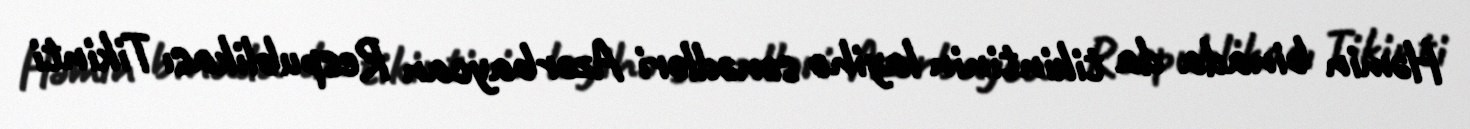
Həmin binada da tikintinin layihə sənədləri Azərbaycan Respublikası Tikinti